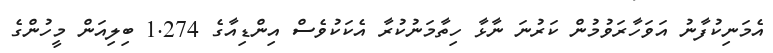
އެމަނިކުފާނު އަވަހާރަވުމުން ކަރުނަ ނާޅާ ހިތާމަނުކުރާ އެކަކުވެސް އިންޑިއާގެ 1.274 ބިލިއަން މީހުންގެ